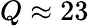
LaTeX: Q\approx 23